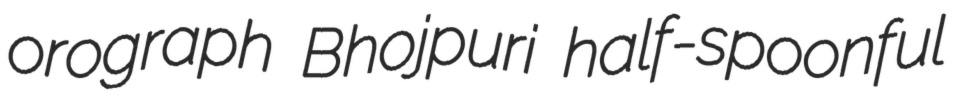
orograph Bhojpuri half-spoonful